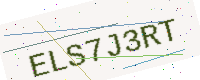
Text: ELS7J3RT